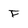
Character: F